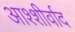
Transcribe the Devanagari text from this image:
आश्शीर्वाद